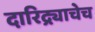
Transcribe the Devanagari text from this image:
दारिद्र्याचेच